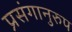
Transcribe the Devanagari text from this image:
प्रसंगानुरुप